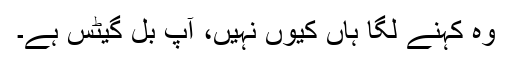
وہ کہنے لگا ہاں کیوں نہیں، آپ بل گیٹس ہے۔